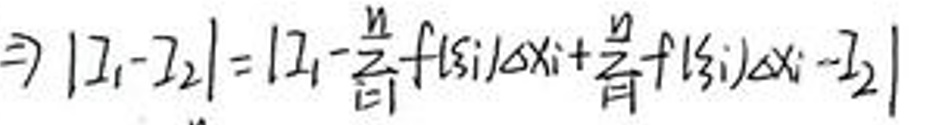
$\Rightarrow | z _ { 1 } - z _ { 2 } | = | z _ { 1 } - \frac { n } { 2 } + \sum _ { i = 1 } ^ { n } f ( s _ { i } ) \Delta x _ { i } + \frac { n } { 2 } + \sum _ { i = 1 } ^ { n } f ( s _ { i } ) \Delta x _ { i } - z _ { 2 } |$